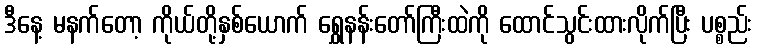
ဒီနေ့ မနက်တော့ ကိုယ်တို့နှစ်ယောက် ရွှေနန်းတော်ကြီးထဲကို ထောင်သွင်းထားလိုက်ပြီး ပစ္စည်း